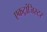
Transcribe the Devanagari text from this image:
एकट्रांजिस्टर